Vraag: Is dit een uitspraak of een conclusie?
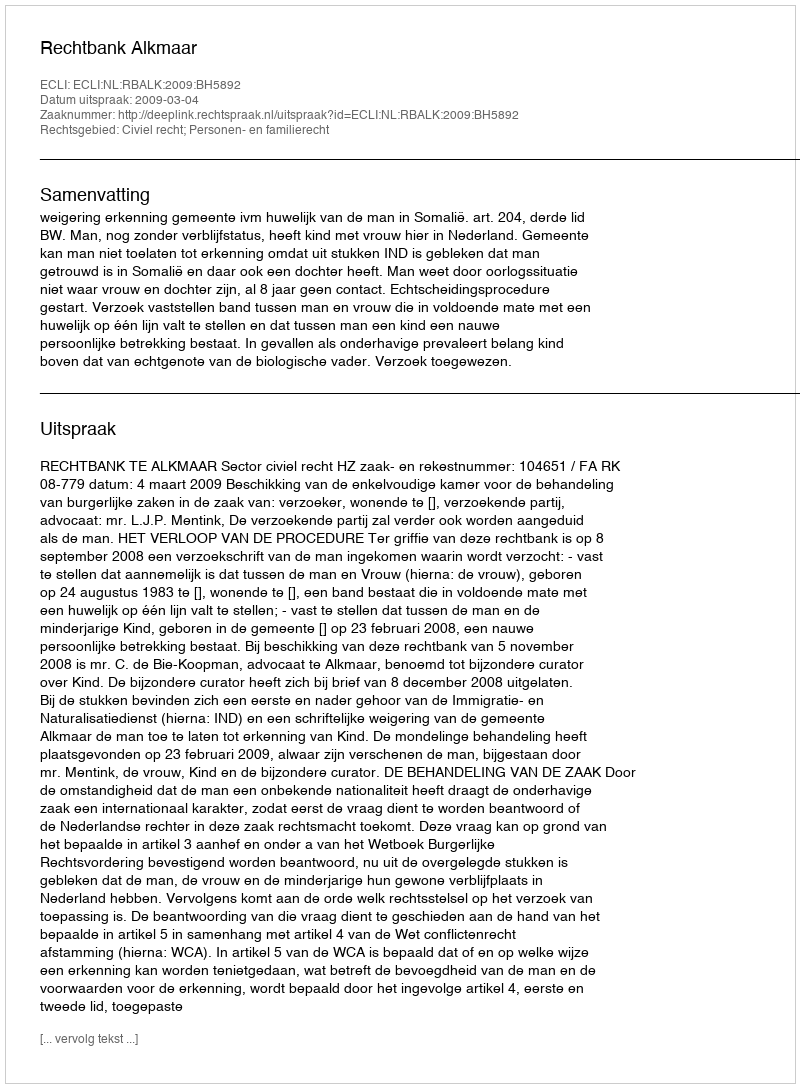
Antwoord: Uitspraak